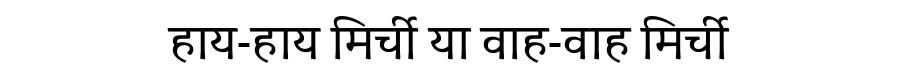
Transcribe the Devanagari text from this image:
हाय-हाय मिर्ची या वाह-वाह मिर्ची